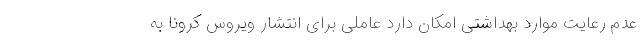
عدم رعایت موارد بهداشتی امکان دارد عاملی برای انتشار ویروس کرونا به